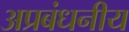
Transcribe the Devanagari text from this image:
अप्रबंधनीय